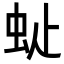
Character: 𧉆